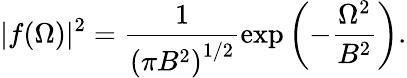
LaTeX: |f(\Omega)|^{2}=\frac{1}{\left(\pi B^{2}\right)^{1/2}}\exp\left(-\frac{\Omega^{2}}{B^{2}}\right).